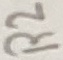
Text: R2